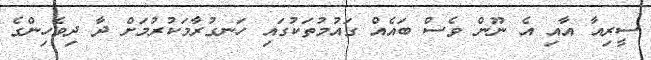
ސީރިއާ އާއި އެ ނޫން ވެސް ބައެއް ގައުމުތަކުގައި ހަނގުރާމަކުރުމަށް ދާ ދިވެހިންގެ